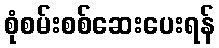
စုံစမ်းစစ်ဆေးပေးရန်